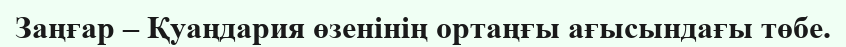
Заңғар – Қуаңдария өзенінің ортаңғы ағысындағы төбе.